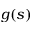
g ( s )